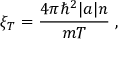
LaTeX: \xi _ { T } = \frac { 4 \pi \hbar ^ { 2 } | a | n } { m T } \; ,